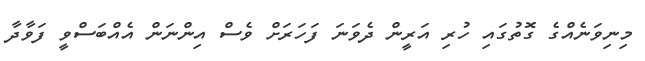
މިނިވަނެއްގެ ގޮތުގައި ހުރި އަރީން ދެވަނަ ފަހަރަށް ވެސް އިންނަން އެއްބަސްވީ ފަވާދާ